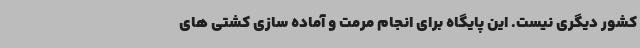
کشور دیگری نیست. این پایگاه برای انجام مرمت و آماده سازی کشتی های